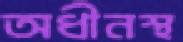
অধীনস্থ